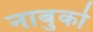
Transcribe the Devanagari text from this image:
नाबुको